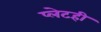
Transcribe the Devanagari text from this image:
प्लेटही